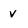
Character: v